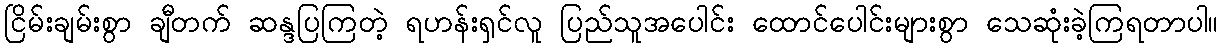
ငြိမ်းချမ်းစွာ ချီတက် ဆန္ဒပြကြတဲ့ ရဟန်းရှင်လူ ပြည်သူအပေါင်း ထောင်ပေါင်းများစွာ သေဆုံးခဲ့ကြရတာပါ။